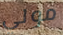
مولي